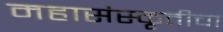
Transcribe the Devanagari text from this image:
महासंस्कृतीचा